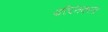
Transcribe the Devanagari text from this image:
परिदंतकला